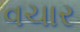
વચાર